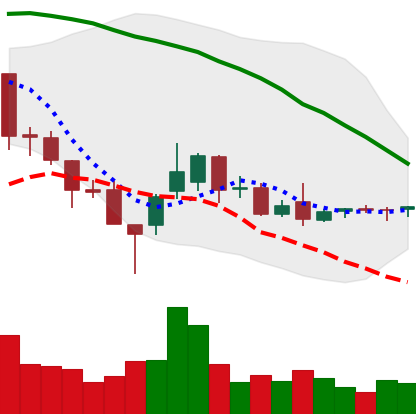
Ticker: ETC-USD
Chart end date: 2018-08-27
Forward return: 4.512%
Label: up_3_5